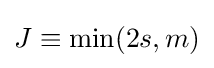
J\equiv \min(2s,m)